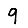
Digit: 9